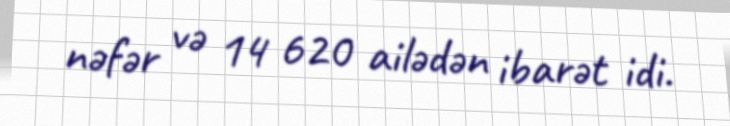
nəfər və 14 620 ailədən ibarət idi.